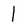
Character: l